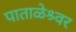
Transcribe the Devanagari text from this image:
पाताळेश्र्वर